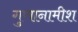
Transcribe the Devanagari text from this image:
गुणानामीश